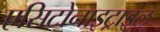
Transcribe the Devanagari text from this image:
एसिटोनाइट्राइल